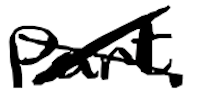
Text: part
Cross-out: cross
Writing tool: digital_black